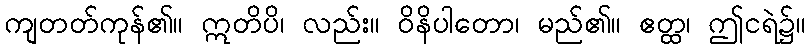
ကျတတ်ကုန်၏။ ဣတိပိ၊ လည်း။ ဝိနိပါတော၊ မည်၏။ ဧတ္ထ၊ ဤငရဲ၌။